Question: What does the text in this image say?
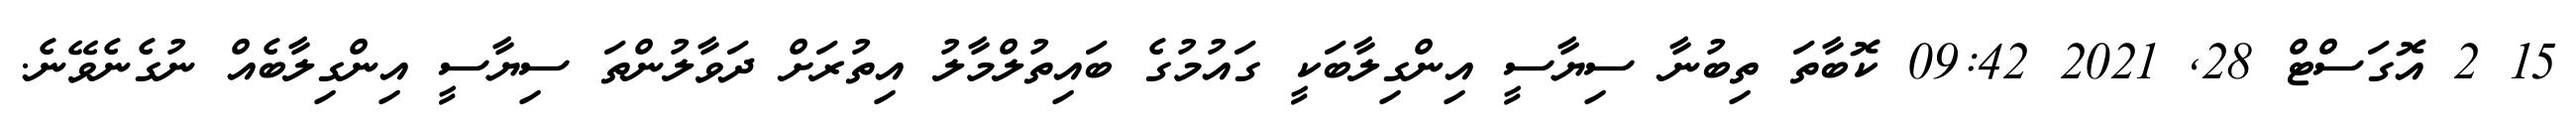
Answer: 15 2 އޮގަސްޓް 28, 2021 09:42 ކޮބާތަ ތިބުނާ ސިޔާސީ އިންގިލާބަކީ ގައުމުގެ ބައިތުލްމާލު އިތުރަށް ދަވާލުންތަ ސިޔާސީ އިންގިލާބެއް ނުގެނެވޭނެ.